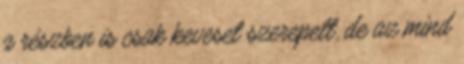
a részben is csak keveset szerepelt, de az mind